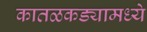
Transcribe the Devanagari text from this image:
कातळकड्यामध्ये